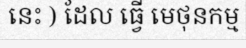
នេះ ) ដែល ធ្វើ មេថុនកម្ម